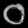
Digit: ၀